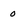
Character: o